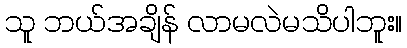
သူ ဘယ်အချိန် လာမလဲမသိပါဘူး။